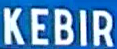
KEBIR